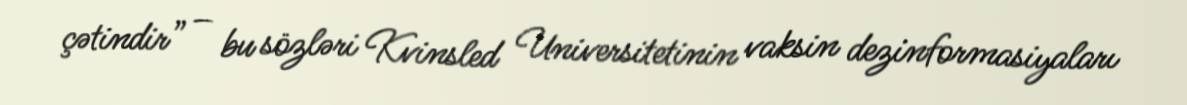
çətindir” – bu sözləri Kvinsled Universitetinin vaksin dezinformasiyaları